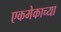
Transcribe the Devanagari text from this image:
एकमेकाच्या